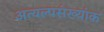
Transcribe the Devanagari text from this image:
अत्यल्पसंख्यांक